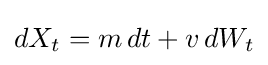
dX_{t}=m\,dt+v\,dW_{t}